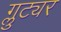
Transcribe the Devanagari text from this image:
ग्लुट्यर